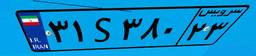
۳۱S۳۸۰۲۳